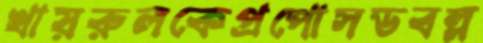
খায়রুলকেপ্রপোসডবল্ল